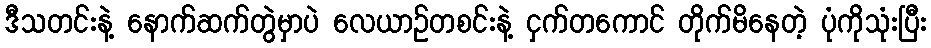
ဒီသတင်းနဲ့ နောက်ဆက်တွဲမှာပဲ လေယာဥ်တစင်းနဲ့ ငှက်တကောင် တိုက်မိနေတဲ့ ပုံကိုသုံးပြီး